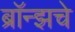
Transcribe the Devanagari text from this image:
ब्राॅन्झचे